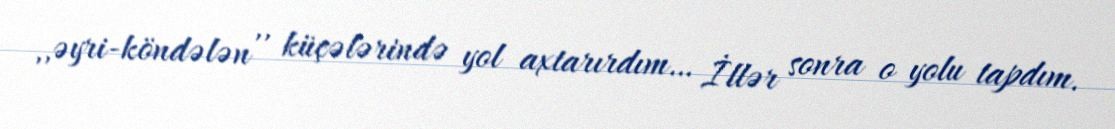
,,əyri-köndələn ,, küçələrində yol axtarırdım… İllər sonra o yolu tapdım.